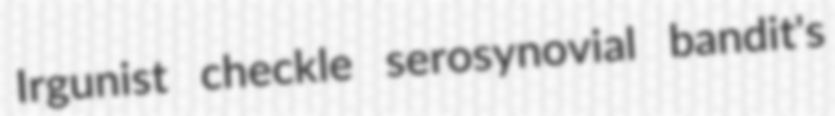
Irgunist checkle serosynovial bandit's